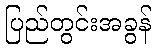
ပြည်တွင်းအခွန်